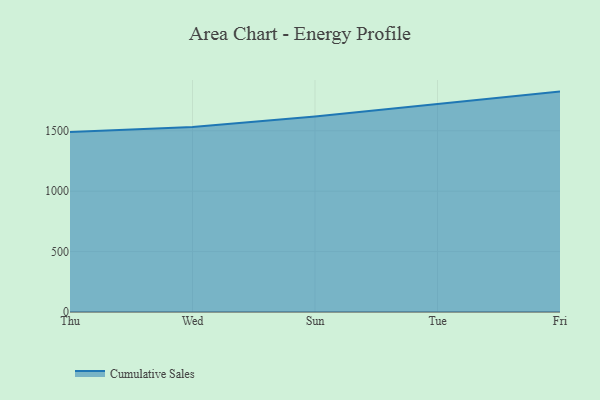
{"axis": {"x": "Day", "y": "Demand Index"}, "legend": ["Cumulative Sales"], "data": [{"x": "Thu", "y": 1489.1, "type": "Cumulative Sales"}, {"x": "Wed", "y": 1531.7, "type": "Cumulative Sales"}, {"x": "Sun", "y": 1617.3, "type": "Cumulative Sales"}, {"x": "Tue", "y": 1721.1, "type": "Cumulative Sales"}, {"x": "Fri", "y": 1824.3, "type": "Cumulative Sales"}]}